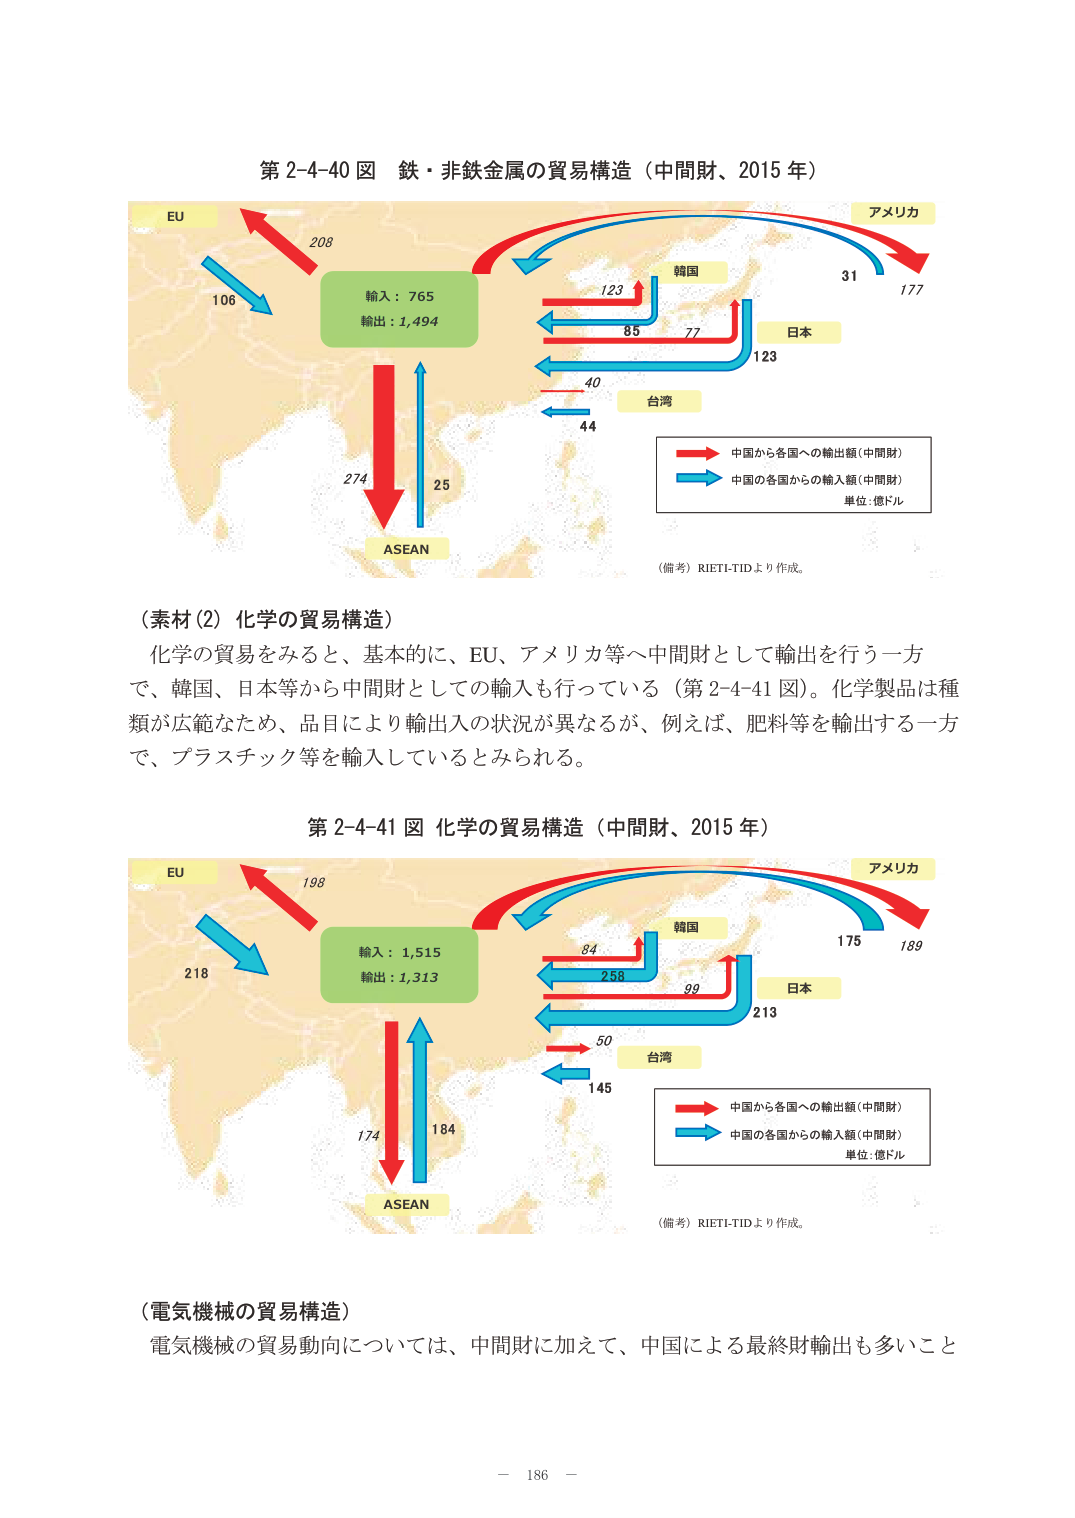
第2-4-40図 鉄・非鉄金属の貿易構造（中間財、2015年）

EU
208
106

輸入：765
輸出：1,494

ASEAN
274
25

韓国
123
85
77

日本
123

台湾
40
44

アメリカ
31
177

→ 中国から各国への輸出額（中間財）
→ 中国の各国からの輸入額（中間財）
単位：億ドル

（備考）RIETI-TIDより作成。

（素材（2）化学の貿易構造）
化学の貿易をみると、基本的に、EU、アメリカ等へ中間財として輸出を行う一方で、韓国、日本等から中間財としての輸入も行っている（第2-4-41図）。化学製品は種類が広範なため、品目により輸出入の状況が異なるが、例えば、肥料等を輸出する一方で、プラスチック等を輸入しているとみられる。

第2-4-41図 化学の貿易構造（中間財、2015年）

EU
198
218

輸入：1,515
輸出：1,313

ASEAN
174
184

韓国
84
258
99

日本
213

台湾
50
145

アメリカ
175
189

→ 中国から各国への輸出額（中間財）
→ 中国の各国からの輸入額（中間財）
単位：億ドル

（備考）RIETI-TIDより作成。

（電気機械の貿易構造）
電気機械の貿易動向については、中間財に加えて、中国による最終財輸出も多いこと

－ 186 －